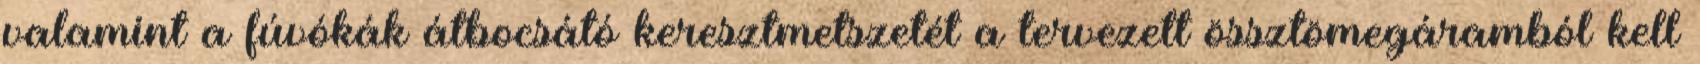
valamint a fúvókák átbocsátó keresztmetszetét a tervezett össztömegáramból kell